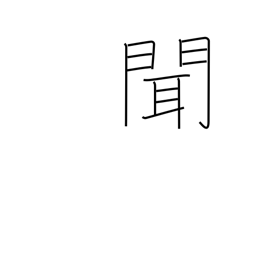
Meaning: hear